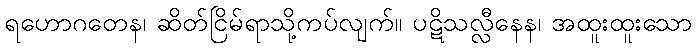
ရဟောဂတေန၊ ဆိတ်ငြိမ်ရာသို့ကပ်လျက်။ ပဋိသလ္လီနေန၊ အထူးထူးသော